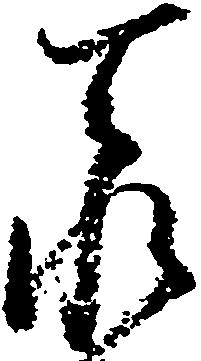
忝